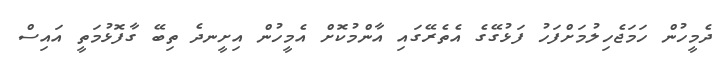
ދެމީހުން ހަމަޖެހިލުމަށްފަހު ފަޅުގޭގެ އެތެރޭގައި އާންމުކޮށް އެމީހުން އިށީނދެ ތިބޭ ގާފޮޅުމަތީ އައިސް